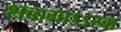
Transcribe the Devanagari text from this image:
शब्दगाऽऽरवा